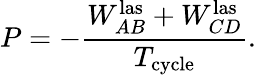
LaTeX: P=-\frac{W_{AB}^{\mathrm{las}}+W_{CD}^{\mathrm{las}}}{T_{\mathrm{cycle}}}.